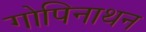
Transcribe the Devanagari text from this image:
गोपिनाथन